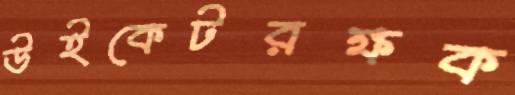
উইকেটরক্ষক